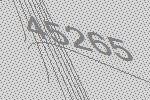
45265